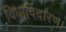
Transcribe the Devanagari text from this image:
विधाविदारण।